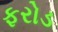
ફરોડ